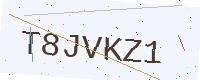
Text: T8JVKZ1